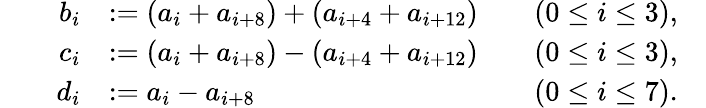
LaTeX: \begin{array}{rlrlrlr}&{}&{b_{i}}&{:=(a_{i}+a_{i+8})+(a_{i+4}+a_{i+12})}&&{(0\leq i\leq 3),}\\ &{}&{c_{i}}&{:=(a_{i}+a_{i+8})-(a_{i+4}+a_{i+12})}&&{(0\leq i\leq 3),}\\ &{}&{d_{i}}&{:=a_{i}-a_{i+8}}&&{(0\leq i\leq 7).}&\end{array}